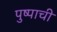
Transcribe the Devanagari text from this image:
पुष्पाची